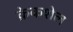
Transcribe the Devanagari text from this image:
क्रेकशेल